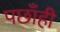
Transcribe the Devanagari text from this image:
पछाँही